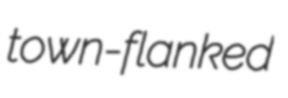
town-flanked